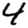
Digit: 4